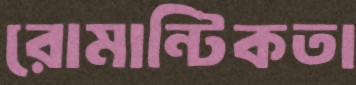
রোমান্টিকতা